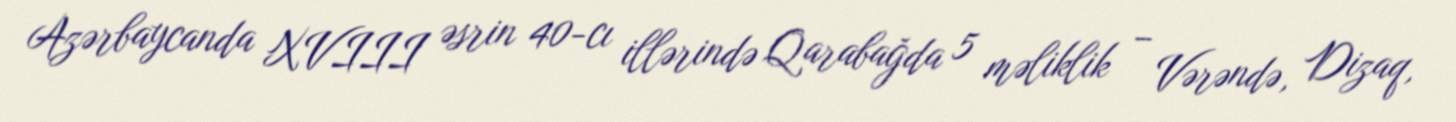
Azərbaycanda XVIII əsrin 40-cı illərində Qarabağda 5 məliklik – Vərəndə, Dizaq,